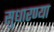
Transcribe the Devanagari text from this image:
सुधारण्या